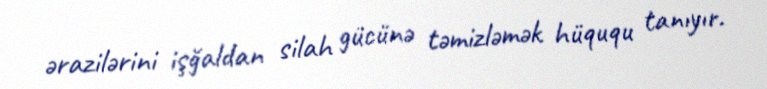
ərazilərini işğaldan silah gücünə təmizləmək hüququ tanıyır.